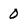
Character: 0